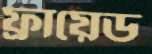
ফ্রায়েড